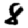
Digit: 8